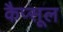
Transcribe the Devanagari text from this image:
कैप्‍सूल